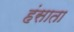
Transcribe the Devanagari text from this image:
हंसाता